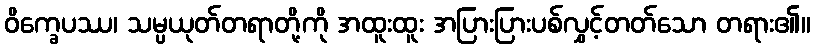
ဝိက္ခေပဿ၊ သမ္ပယုတ်တရာတို့ကို အထူးထူး အပြားပြားပစ်လွှင့်တတ်သော တရား၏။